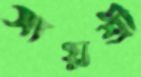
সায়শ্রী